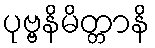
ပုဗ္ဗနိမိတ္တာနိ